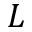
L